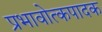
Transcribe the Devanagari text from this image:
प्रभावोत्कपादक